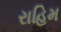
રાહિમ